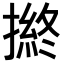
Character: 𢴋